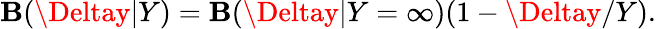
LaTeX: \mathbf{B}(\Deltay|Y)=\mathbf{B}(\Deltay|Y=\infty)(1-\Deltay/Y).